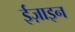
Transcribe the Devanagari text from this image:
ईज़ाइन